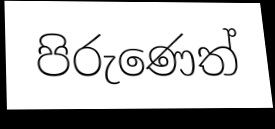
පිරුණෙත්